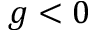
g < 0